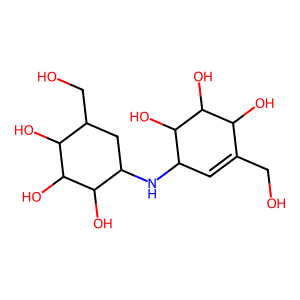
SMILES: OCC1=CC(NC2CC(CO)C(O)C(O)C2O)C(O)C(O)C1O
Inhibits HIV replication: No